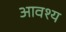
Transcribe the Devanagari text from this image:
आवश्‍य